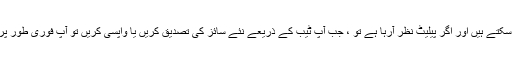
آپ ترجیحات کو کھول سکتے ہیں اور اگر پیلیٹ نظر آرہا ہے تو ، جب آپ ٹیب کے ذریعے نئے سائز کی تصدیق کریں یا واپسی کریں تو آپ فوری طور پر نتیجہ دیکھ سکتے ہیں۔